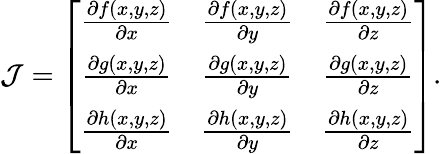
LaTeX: \mathcal{J}=\left[\begin{array}{ccc}{\frac{\partial f(x,y,z)}{\partial x}}&{\frac{\partial f(x,y,z)}{\partial y}}&{\frac{\partial f(x,y,z)}{\partial z}}\\ {\frac{\partial g(x,y,z)}{\partial x}}&{\frac{\partial g(x,y,z)}{\partial y}}&{\frac{\partial g(x,y,z)}{\partial z}}\\ {\frac{\partial h(x,y,z)}{\partial x}}&{\frac{\partial h(x,y,z)}{\partial y}}&{\frac{\partial h(x,y,z)}{\partial z}}\end{array}\right].